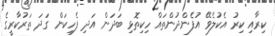
ކިރާއި ކިރު އެކުލެވޭ އުފެންދުންތައް ހިކިތޮޅި ބަދަން އަދި ފެހިކަން ގަދަ ތަރުކާރީގެ